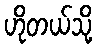
ဟိုတယ်သို့